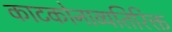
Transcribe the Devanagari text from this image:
काटकोनाव्यतिरिक्त